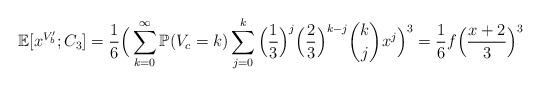
LaTeX: \begin{align*}\mathbb{E}[x^{V'_b};C_3]=\frac{1}{6}\Big{(}\sum_{k=0}^{\infty}\mathbb{P}(V_c=k)\sum_{j=0}^k \Big{(}\frac{1}{3}\Big{)}^j\Big{(}\frac{2}{3}\Big{)}^{k-j}\binom{k}{j}x^j\Big{)}^3=\frac{1}{6}f\Big{(}\frac{x+2}{3}\Big{)}^3\end{align*}